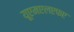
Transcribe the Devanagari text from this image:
यूएमएलएफए